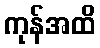
ကုန်အထိ